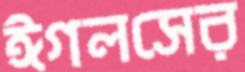
ঈগলসের